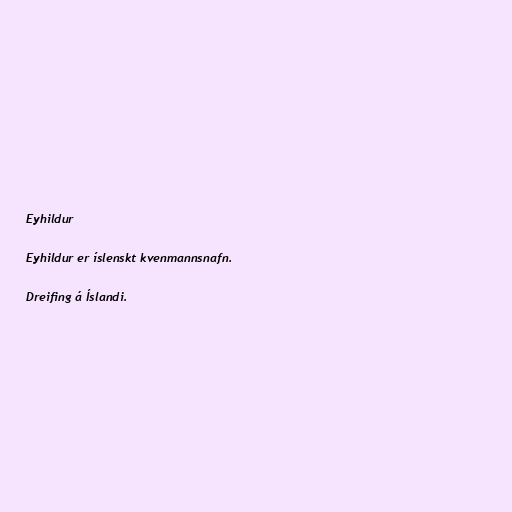
Eyhildur

Eyhildur er íslenskt kvenmannsnafn.

Dreifing á Íslandi.